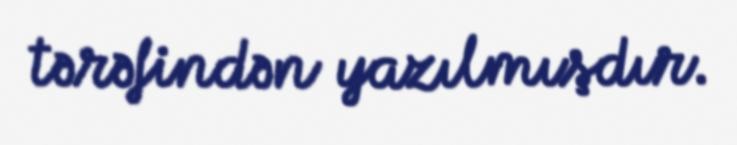
tərəfindən yazılmışdır.